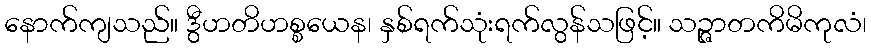
နောက်ကျသည်။ ဒွီဟတိဟစ္စယေန၊ နှစ်ရက်သုံးရက်လွန်သဖြင့်။ သဉ္ဇာတကိမိကုလံ၊